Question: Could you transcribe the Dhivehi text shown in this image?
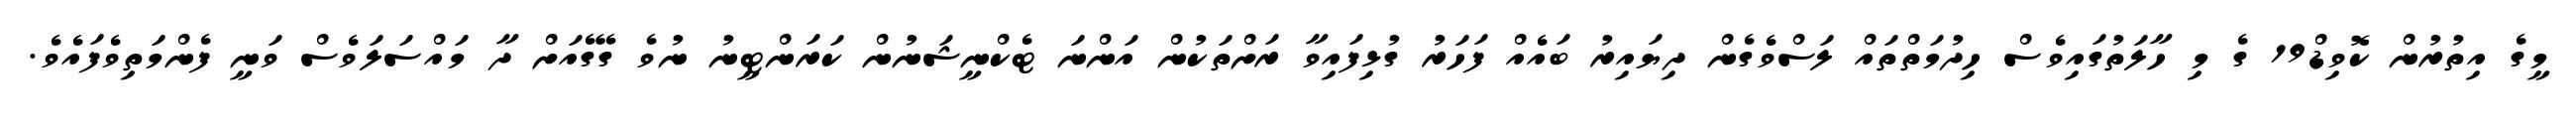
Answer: މީގެ އިތުރުން ކޮވިޑް19 ގެ މި ހާލަތުގައިވެސް ހިދުމަތްތައް ލަސްވެގެން ދިޔައިރު ބައެއް ފަހަރު ގުޅިފައިވާ ރަށްތަކުން އަންނަ ޓެކްނީޝަނުން ކަރަންޓީނު ނުވެ ގޭގެއަށް ދާ މައްސަލަވެސް ވަނީ ފެންމަތިވެފައެވެ.